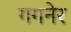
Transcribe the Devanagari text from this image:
गगनेर